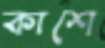
কাশে